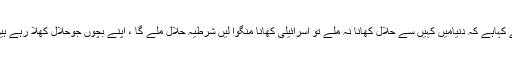
وزیر مملکت علی محمد خان نے کہاہے کہ دنیامیں کہیں سے حلال کھانا نہ ملے تو اسرائیلی کھانا منگوا لیں شرطیہ حلال ملے گا ، اپنے بچوں جوحلال کھلا رہے ہیں اور ہمیں حرام پر لگا دیا ہے ۔